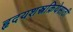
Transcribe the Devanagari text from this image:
हृदयशस्त्रक्रियेसाठी